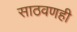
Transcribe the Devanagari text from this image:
साठवणही